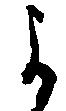
よ